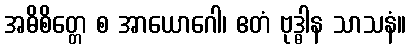
အဓိစိတ္တေ စ အာယောဂေါ၊ ဧတံ ဗုဒ္ဓါန သာသနံ။